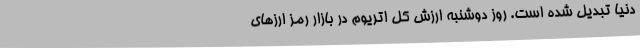
دنیا تبدیل شده است. روز دوشنبه ارزش کل اتریوم در بازار رمز ارزهای